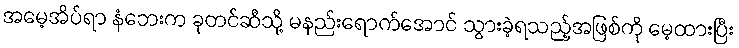
အမေ့အိပ်ရာ နံဘေးက ခုတင်ဆီသို့ မနည်းရောက်အောင် သွားခဲ့ရသည့်အဖြစ်ကို မေ့ထားပြီး